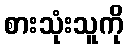
စားသုံးသူကို